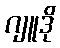
ဂျူဒို